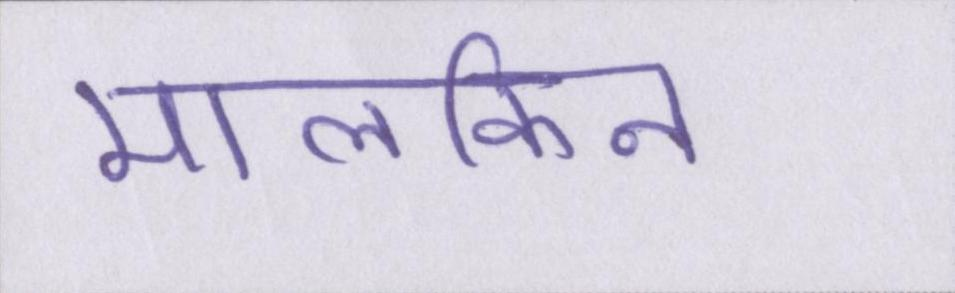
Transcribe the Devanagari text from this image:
मालकिन